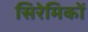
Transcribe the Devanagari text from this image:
सिरेमिकों